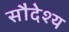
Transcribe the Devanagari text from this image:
सौदेश्य